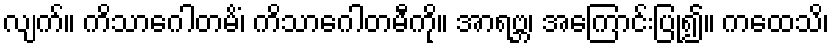
လျက်။ ကိသာဂေါတမိံ၊ ကိသာဂေါတမီကို။ အာရဗ္ဘ၊ အကြောင်းပြု၍။ ကထေသိ၊